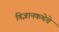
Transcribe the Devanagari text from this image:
विज्ञानकथेचे